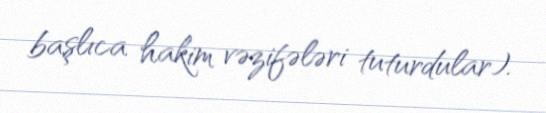
başlıca hakim vəzifələri tuturdular).